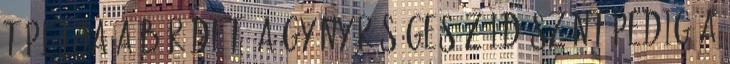
táplálja a bőrödet. A gyönyörűséges zöld színt pedig a